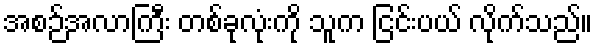
အစဉ်အလာကြီး တစ်ခုလုံးကို သူက ငြင်းပယ် လိုက်သည်။